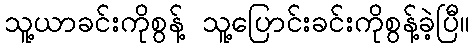
သူ့ယာခင်းကိုစွန့် သူ့ပြောင်းခင်းကိုစွန့်ခဲ့ပြီ။